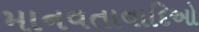
માનવતાવાદિઓ